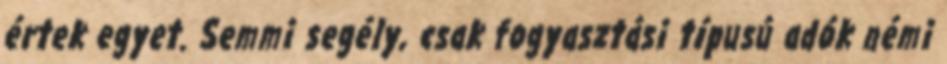
értek egyet. Semmi segély, csak fogyasztási típusú adók némi